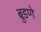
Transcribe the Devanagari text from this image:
बुडणे